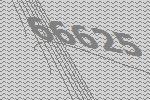
66625